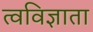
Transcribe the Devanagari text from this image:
त्वविज्ञाता